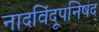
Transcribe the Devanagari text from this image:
नादविंदूपनिषद्